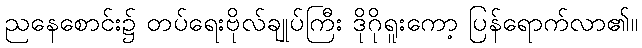
ညနေစောင်း၌ တပ်ရေးဗိုလ်ချုပ်ကြီး ဒိုဂိုရူးကော့ ပြန်ရောက်လာ၏။